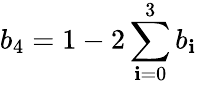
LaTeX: b_{4}=1-2\sum_{\mathbf{i}=0}^{3}b_{\mathbf{i}}